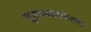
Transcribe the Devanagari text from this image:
सुवण्णरयणेल्ला